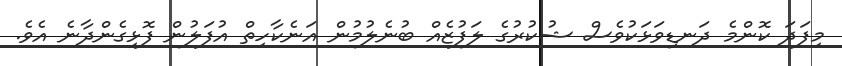
މިފަދަ ކޮންމެ ދަނޑިވަޅަކުވެސް ޝުކުރުގެ ލަފުޒެއް ބުނެލުމުން އަނެކާހިތް އުފަލުން ފޮޅިގެންދާނެ އެވެ.